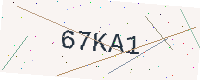
Text: 67KA1